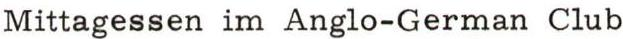
Mittagessen im Anglo-German Club